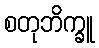
စတုဘိက္ခူ